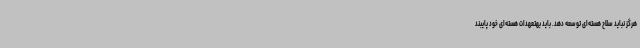
هرگز نباید سلاح هسته‌ای توسعه دهد. باید بهتعهدات هسته‌ای خود پایبند